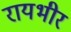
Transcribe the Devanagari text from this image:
रायभीर